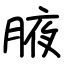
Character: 腋